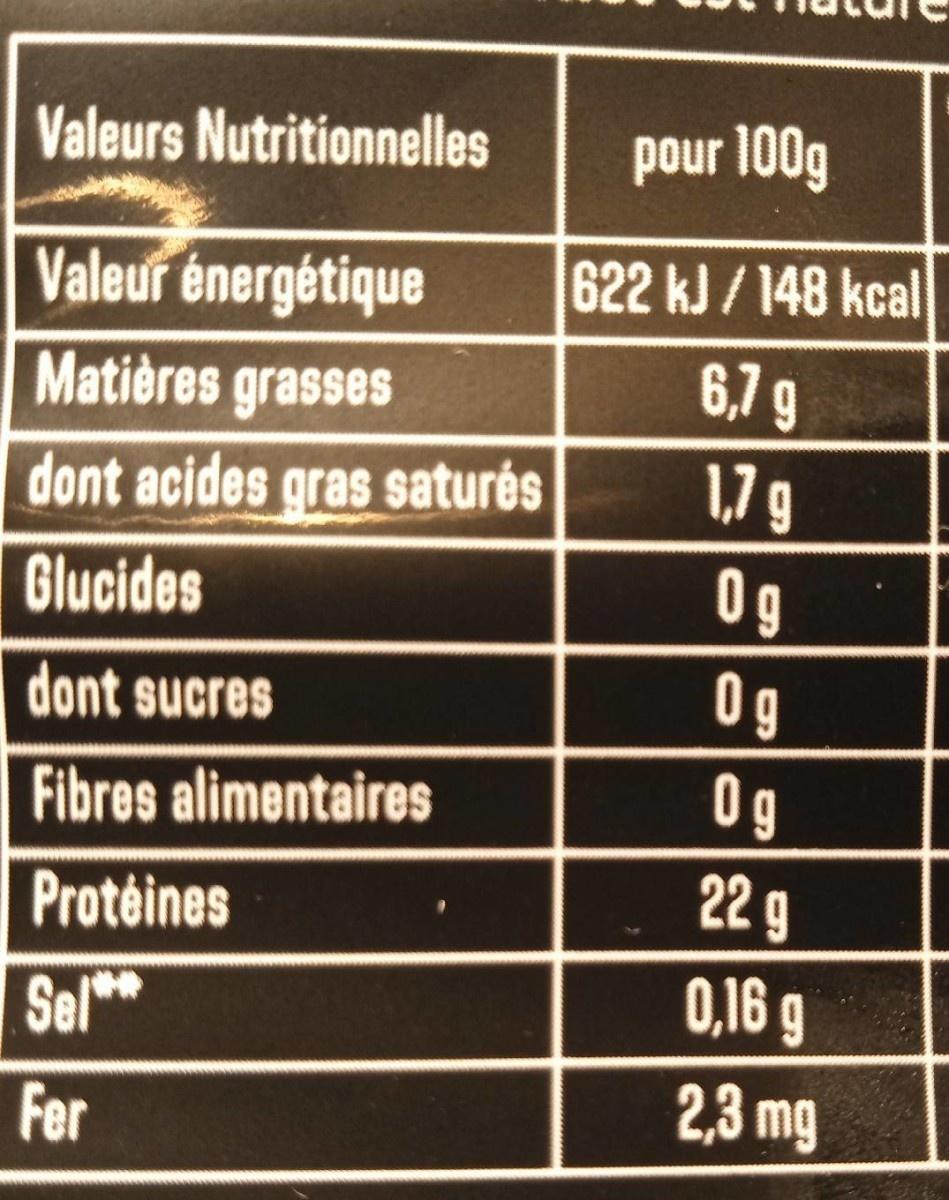
Valeurs Nutritionnelles
pour 100g
Valeur énergétique Matières grasses
622 kJ/148 kcal 6,7 9
dont acides gras saturés
1,7 g
Glucides
0g
dont sucres
Og
Fibres alimentaires
0 g
Protéines
22 g
Sel**
0,16 g
Fer
2,3 mg